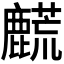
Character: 𬹀